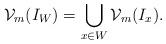
LaTeX: \begin{align*}\mathcal{V}_m(I_W)=\bigcup_{x\in W}\mathcal{V}_m(I_x).\end{align*}